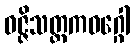
ဝဇ္ဇိသတ္တကဝဂ္ဂေါ